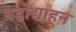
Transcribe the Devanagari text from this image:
बडोद्याहून